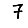
Digit: 7